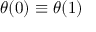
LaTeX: \theta ( 0 ) \equiv \theta ( 1 )